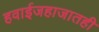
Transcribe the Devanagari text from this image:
हवाईजहाजातही